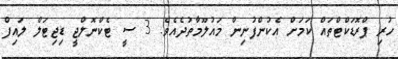
ހުރި ޕްރޮޑަކްޓްތައް ކަމަށް އެކުންފުނިން މައުލޫމާތުދެއެވެ. 3 ސީ ޓެކްނޮލްޖީ ޑިޖިޓަލް ލައިފް